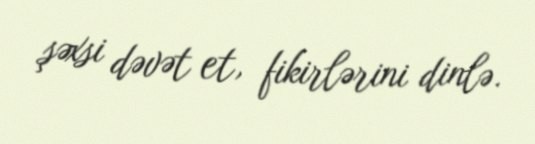
şəxsi dəvət et, fikirlərini dinlə.